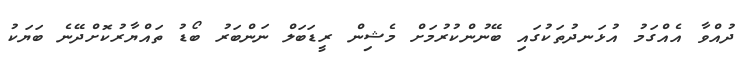
ދުއްވާ އެއްގަމު އުޅަނދުތަކުގައި ބޭނުންކުރުމަށް މެޝިން ރީޑަބަލް ނަންބަރު ބޯޑު ތައްޔާރުކޮށްދޭނެ ބަޔަކު